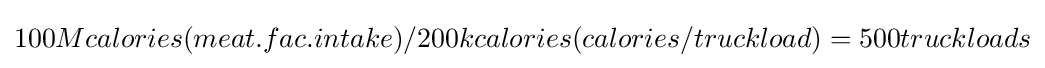
100Mcalories(meat.fac.intake)/200kcalories(calories/truckload)=500truckloads